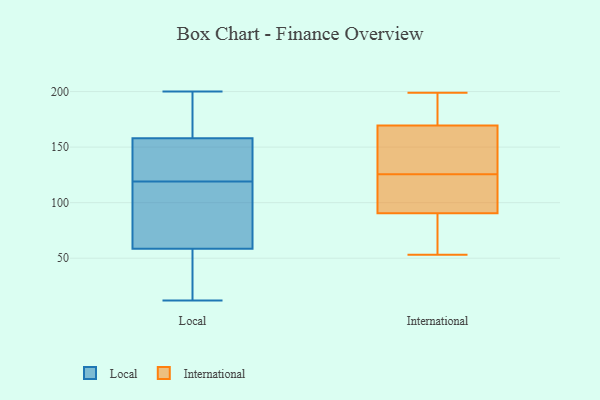
{"axis": {"x": "Customer Acquisition Cost (USD)", "y": "Value"}, "legend": ["International", "Local"], "data": [{"x": "", "y": 160, "type": "Local"}, {"x": "", "y": 181, "type": "Local"}, {"x": "", "y": 33, "type": "Local"}, {"x": "", "y": 151, "type": "Local"}, {"x": "", "y": 12, "type": "Local"}, {"x": "", "y": 111, "type": "Local"}, {"x": "", "y": 194, "type": "Local"}, {"x": "", "y": 152, "type": "Local"}, {"x": "", "y": 135, "type": "Local"}, {"x": "", "y": 112, "type": "Local"}, {"x": "", "y": 139, "type": "Local"}, {"x": "", "y": 22, "type": "Local"}, {"x": "", "y": 50, "type": "Local"}, {"x": "", "y": 200, "type": "Local"}, {"x": "", "y": 119, "type": "Local"}, {"x": "", "y": 58, "type": "Local"}, {"x": "", "y": 199, "type": "Local"}, {"x": "", "y": 94, "type": "Local"}, {"x": "", "y": 60, "type": "Local"}, {"x": "", "y": 106, "type": "International"}, {"x": "", "y": 125, "type": "International"}, {"x": "", "y": 199, "type": "International"}, {"x": "", "y": 164, "type": "International"}, {"x": "", "y": 93, "type": "International"}, {"x": "", "y": 175, "type": "International"}, {"x": "", "y": 191, "type": "International"}, {"x": "", "y": 88, "type": "International"}, {"x": "", "y": 146, "type": "International"}, {"x": "", "y": 53, "type": "International"}, {"x": "", "y": 126, "type": "International"}, {"x": "", "y": 53, "type": "International"}]}